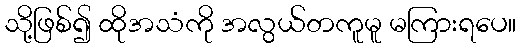
သို့ဖြစ်၍ ထိုအသံကို အလွယ်တကူမူ မကြားရပေ။